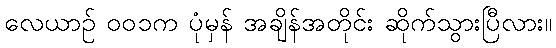
လေယာဉ် ၀၀၁က ပုံမှန် အချိန်အတိုင်း ဆိုက်သွားပြီလား။